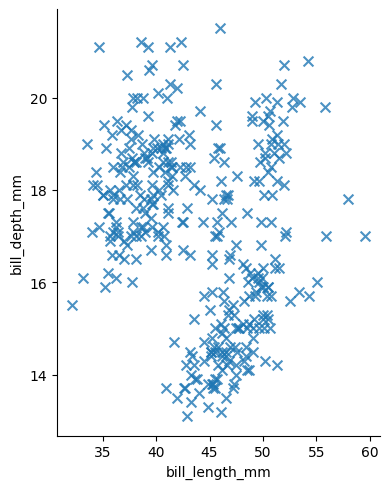
python, seaborn, lmplot, aspect=0.8, order=2, markers='x'